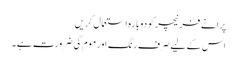
پرانے فرنیچر کو دوبارہ استعمال کریں
اس کے لیے صرف رنگ اور موم کی ضرورت ہے۔